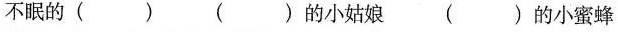
不眠的（） （）的小姑娘 （）的小蜜蜂